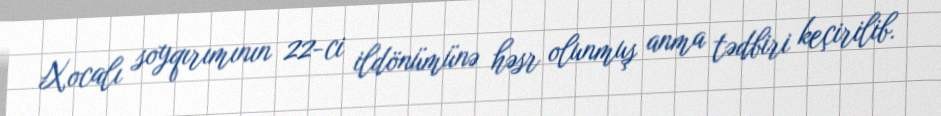
Xocalı soyqırımının 22-ci ildönümünə həsr olunmuş anma tədbiri keçirilib.